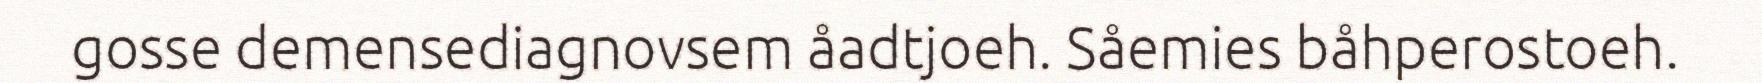
gosse demensediagnovsem åadtjoeh. Såemies båhperostoeh.